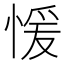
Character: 愋